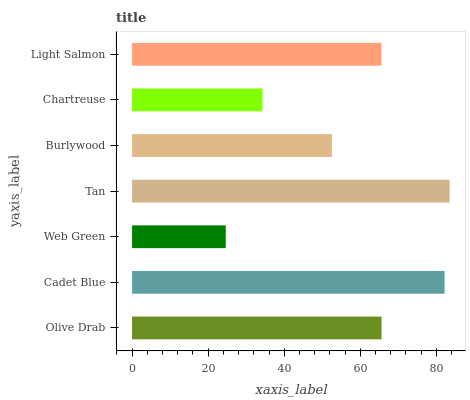
| yaxis_label | bars |
 | --- | --- |
 | Olive Drab | 65.6 |
 | Cadet Blue | 82.1 |
 | Web Green | 24.6 |
 | Tan | 83.5 |
 | Burlywood | 52.5 |
 | Chartreuse | 34.3 |
 | Light Salmon | 65.5 |